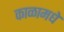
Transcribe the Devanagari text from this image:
काळामधे